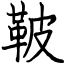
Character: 鞁